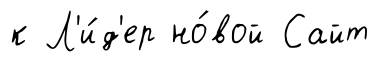
к Л'и́д'ер но́вой Сайт